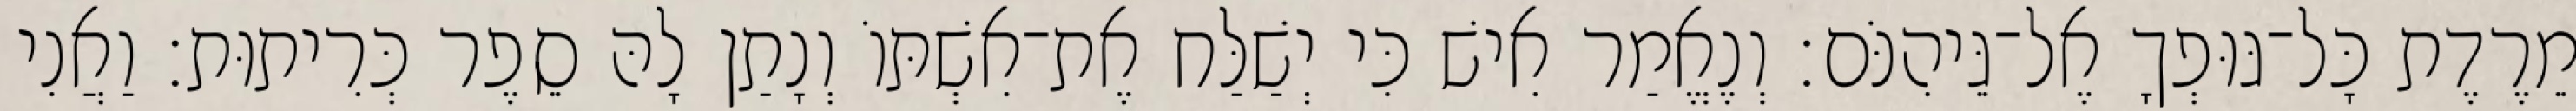
מֵרֶדֶת כָּל־גּוּפְךָ אֶל־גֵּיהִנֹּם׃ וְנֶאֱמַר אִישׁ כִּי יְשַׁלַּח אֶת־אִשְׁתּוֹ וְנָתַן לָהּ סֵפֶר כְּרִיתוּת׃ וַאֲנִי